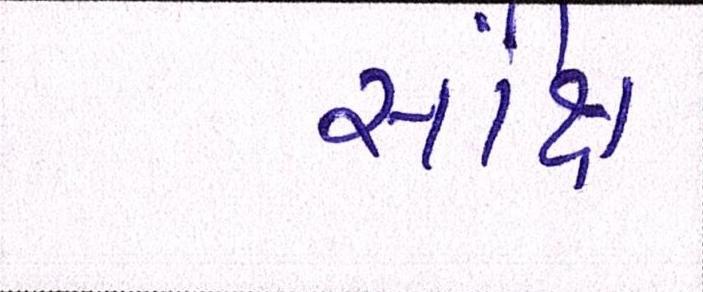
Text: સંક્ષિ